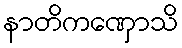
နာတိကဏှောသိ